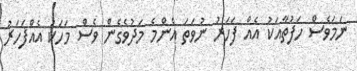
ނަމަވެސް ހަފުތާއަކު އެއް ފަހަރު ނުވަތަ އެންމެ މަދުވެގެން ވެސް މަހަކު އެއްފަހަރު